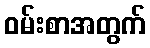
ဝမ်းစာအတွက်